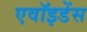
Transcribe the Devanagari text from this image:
एवॉइडेंस